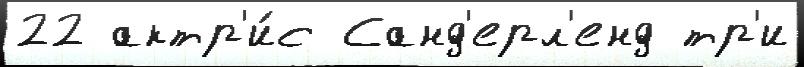
22 актр'и́с Санд'ерл'енд тр'и